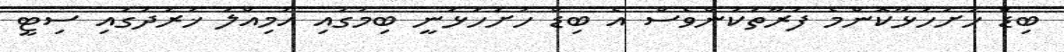
ބިޑް ހުށަހަޅާކޮންމެ ފަރާތަކުންވެސް އެ ބިޑް ހުށަހަޅަނީ ބިމުގައި އަމިއްލަ ޚަރަދުގައި ސިޓީ